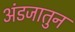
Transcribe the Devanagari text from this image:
अंडजातुन